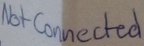
Text: Not Connected